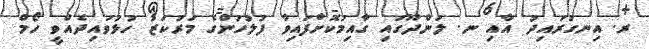
ރ. އިނގުރައިދު އާއި ނ. ލަންދޫގައި ގާއިމުކޮށްފައިވާ ފުލުހުންގެ މަރުކަޒު ހުޅުވައިދެއްވީ ހޯމް